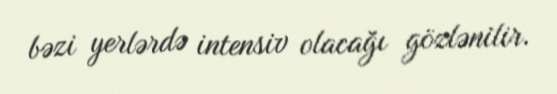
bəzi yerlərdə intensiv olacağı gözlənilir.